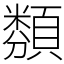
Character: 𩔫